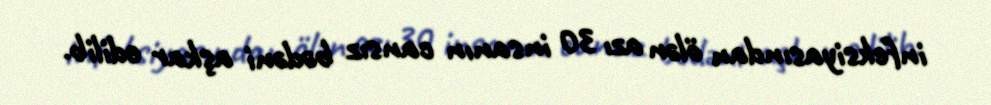
infeksiyasından ölən azı 30 insanın cansız bədəni aşkar edilib.